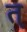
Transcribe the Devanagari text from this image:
त्‌